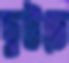
ছুটতে